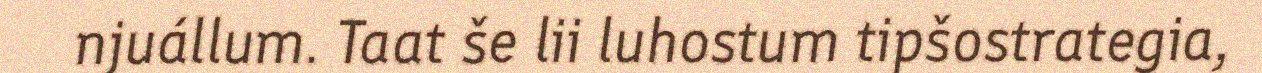
njuállum. Taat še lii luhostum tipšostrategia,